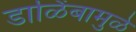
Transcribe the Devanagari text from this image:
डाळिंबामुळे